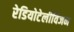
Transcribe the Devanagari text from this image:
रेडियोटेलीविजन